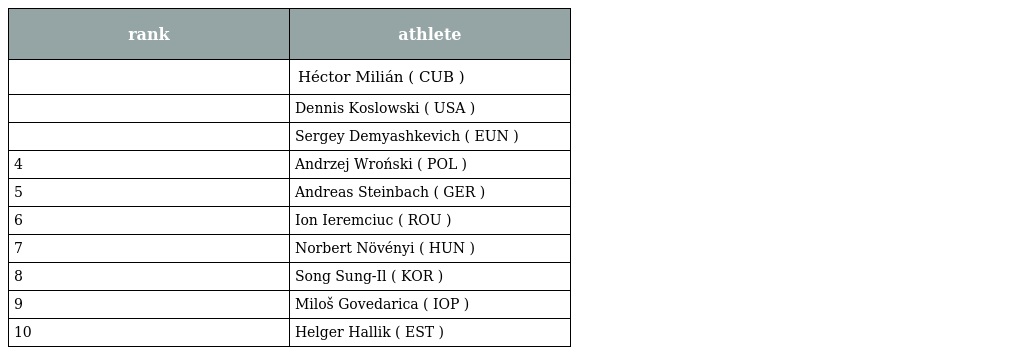
| rank | athlete |
 | --- | --- |
 |  | Héctor Milián ( CUB ) |
 |  | Dennis Koslowski ( USA ) |
 |  | Sergey Demyashkevich ( EUN ) |
 | 4 | Andrzej Wroński ( POL ) |
 | 5 | Andreas Steinbach ( GER ) |
 | 6 | Ion Ieremciuc ( ROU ) |
 | 7 | Norbert Növényi ( HUN ) |
 | 8 | Song Sung-Il ( KOR ) |
 | 9 | Miloš Govedarica ( IOP ) |
 | 10 | Helger Hallik ( EST ) |